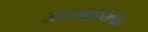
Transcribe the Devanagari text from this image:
अव्यवस्थिपित